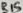
Text: R15